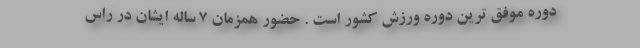
دوره موفق ترین دوره ورزش کشور است . حضور همزمان ۷ ساله ایشان در راس